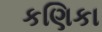
કણિકા